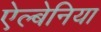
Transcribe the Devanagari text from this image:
ऐल्बेनिया